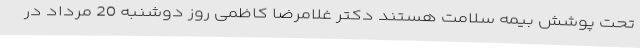
تحت پوشش بیمه سلامت هستند دکتر غلامرضا کاظمی روز دوشنبه 20 مرداد در